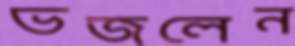
ভজলেন